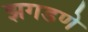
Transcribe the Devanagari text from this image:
झगडणे